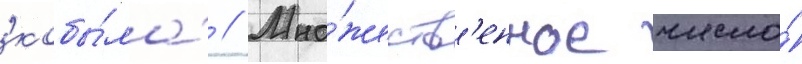
'кобы́ла' // Мно́жеств'енное число́